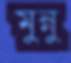
মুন্নু